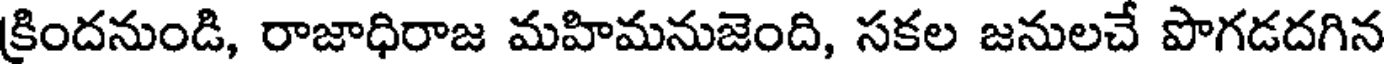
క్రిందనుండి, రాజాధిరాజ మహిమనుజెంది, సకల జనులచే పొగడదగిన